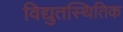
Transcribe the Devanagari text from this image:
विद्युतस्थितिक